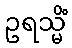
ဥရသ္မိံ